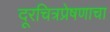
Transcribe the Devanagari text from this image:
दूरचित्रप्रेषणाचा